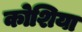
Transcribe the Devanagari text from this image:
कोशिया